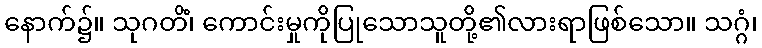
နောက်၌။ သုဂတိံ၊ ကောင်းမှုကိုပြုသောသူတို့၏လားရာဖြစ်သော။ သဂ္ဂံ၊